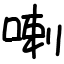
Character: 喇